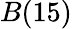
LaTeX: B(15)